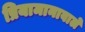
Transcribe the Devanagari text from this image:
प्रियामानावाले